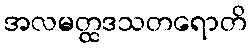
အလမတ္ထဒသတရောတိ